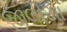
જીલીયા